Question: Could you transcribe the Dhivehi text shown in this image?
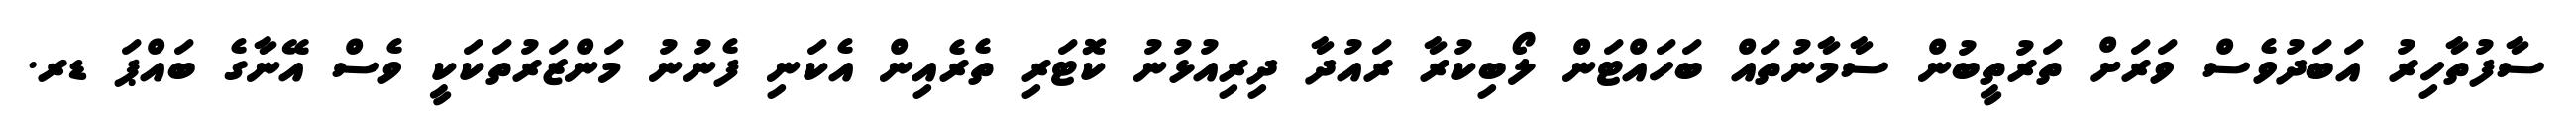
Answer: ސާފުތާހިރު އަބަދުވެސް ވަރަށް ތަރުތީބުން ސާމާނުތައް ބަހައްޓަން ލޯބިކުރާ ރައުދާ ދިރިއުޅުނު ކޮޓަރި ތެރެއިން އެކަނި ފެނުނު މަންޒަރުތަކަކީ ވެސް އޭނާގެ ބައްޕަ ޑރ.